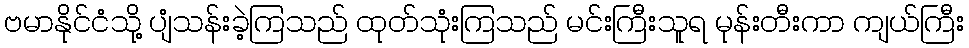
ဗမာနိုင်ငံသို့ ပျံသန်းခဲ့ကြသည် ထုတ်သုံးကြသည် မင်းကြီးသူရ မုန်းတီးကာ ကျယ်ကြီး